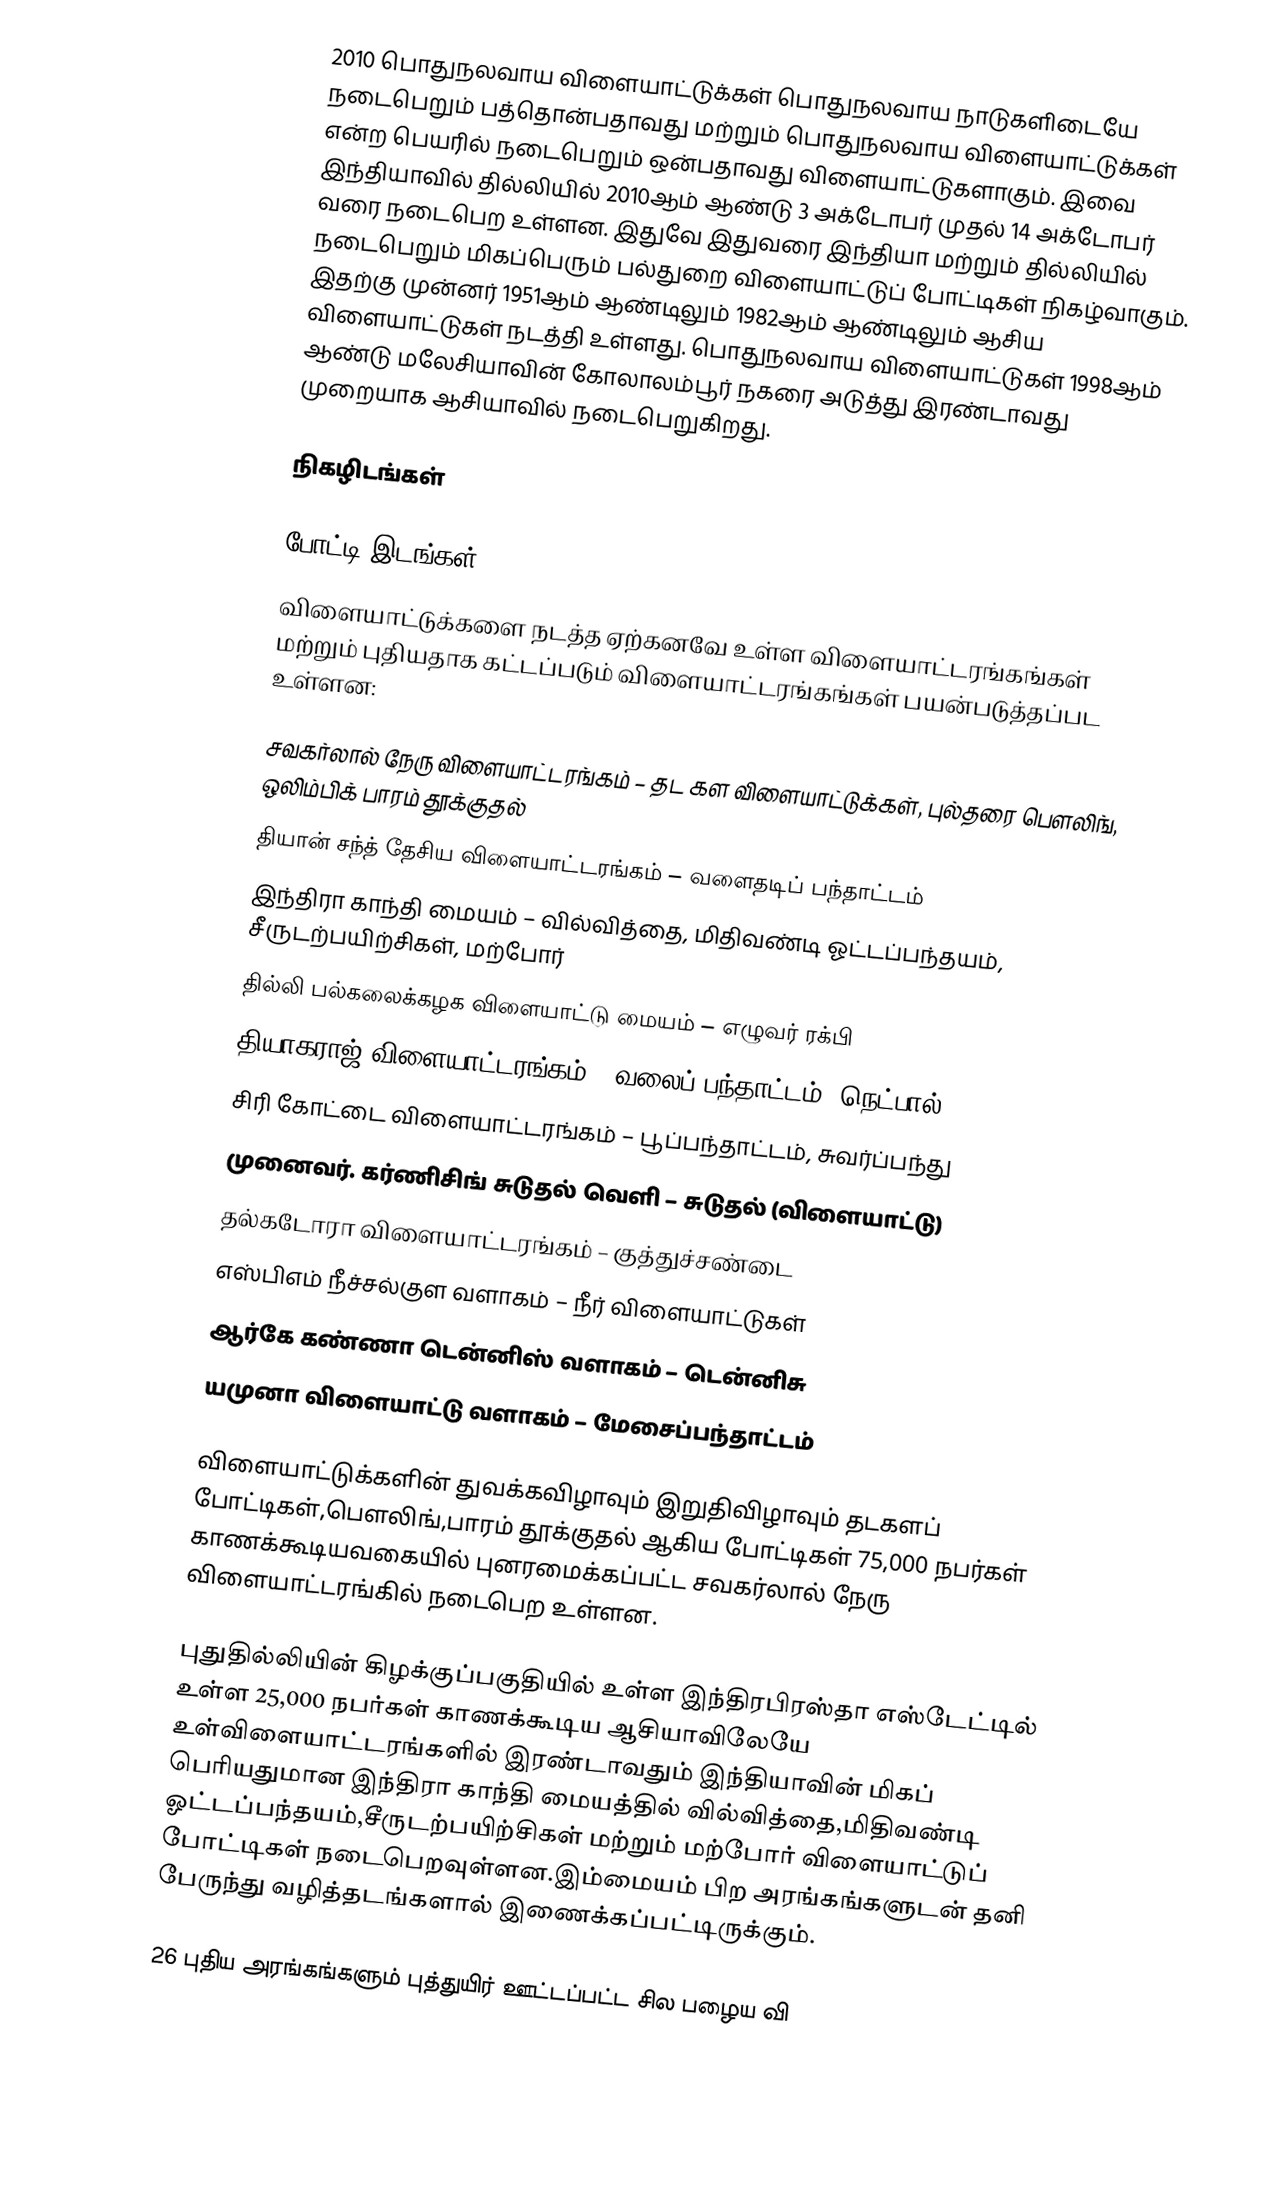
2010 பொதுநலவாய விளையாட்டுக்கள் பொதுநலவாய நாடுகளிடையே நடைபெறும் பத்தொன்பதாவது மற்றும் பொதுநலவாய விளையாட்டுக்கள்  என்ற பெயரில் நடைபெறும் ஒன்பதாவது விளையாட்டுகளாகும்.  இவை இந்தியாவில்  தில்லியில் 2010ஆம் ஆண்டு 3 அக்டோபர் முதல் 14 அக்டோபர் வரை நடைபெற உள்ளன.  இதுவே இதுவரை இந்தியா மற்றும் தில்லியில் நடைபெறும் மிகப்பெரும் பல்துறை விளையாட்டுப் போட்டிகள்  நிகழ்வாகும்.  இதற்கு முன்னர் 1951ஆம் ஆண்டிலும் 1982ஆம் ஆண்டிலும் ஆசிய விளையாட்டுகள் நடத்தி உள்ளது. பொதுநலவாய விளையாட்டுகள் 1998ஆம் ஆண்டு  மலேசியாவின் கோலாலம்பூர் நகரை அடுத்து இரண்டாவது முறையாக ஆசியாவில்  நடைபெறுகிறது.

நிகழிடங்கள்

போட்டி இடங்கள்
விளையாட்டுக்களை நடத்த ஏற்கனவே உள்ள விளையாட்டரங்கங்கள் மற்றும் புதியதாக கட்டப்படும் விளையாட்டரங்கங்கள் பயன்படுத்தப்பட உள்ளன:

 சவகர்லால் நேரு விளையாட்டரங்கம் – தட கள விளையாட்டுக்கள், புல்தரை பௌலிங், ஒலிம்பிக் பாரம் தூக்குதல்
 தியான் சந்த் தேசிய விளையாட்டரங்கம் – வளைதடிப் பந்தாட்டம்
 இந்திரா காந்தி மையம் – வில்வித்தை, மிதிவண்டி ஓட்டப்பந்தயம், சீருடற்பயிற்சிகள், மற்போர்
 தில்லி பல்கலைக்கழக விளையாட்டு மையம் – எழுவர் ரக்பி
 தியாகராஜ் விளையாட்டரங்கம் – வலைப் பந்தாட்டம் (நெட்பால்)
 சிரி கோட்டை விளையாட்டரங்கம் – பூப்பந்தாட்டம், சுவர்ப்பந்து
 முனைவர். கர்ணிசிங் சுடுதல் வெளி – சுடுதல் (விளையாட்டு)
 தல்கடோரா விளையாட்டரங்கம் – குத்துச்சண்டை
 எஸ்பிஎம் நீச்சல்குள வளாகம் – நீர் விளையாட்டுகள்
 ஆர்கே கண்ணா டென்னிஸ் வளாகம் – டென்னிசு
 யமுனா விளையாட்டு வளாகம் – மேசைப்பந்தாட்டம்

விளையாட்டுக்களின் துவக்கவிழாவும் இறுதிவிழாவும் தடகளப் போட்டிகள்,பௌலிங்,பாரம் தூக்குதல் ஆகிய போட்டிகள் 75,000 நபர்கள் காணக்கூடியவகையில் புனரமைக்கப்பட்ட சவகர்லால் நேரு விளையாட்டரங்கில் நடைபெற உள்ளன.

புதுதில்லியின் கிழக்குப்பகுதியில் உள்ள இந்திரபிரஸ்தா எஸ்டேட்டில் உள்ள 25,000 நபர்கள் காணக்கூடிய ஆசியாவிலேயே உள்விளையாட்டரங்களில் இரண்டாவதும் இந்தியாவின் மிகப் பெரியதுமான இந்திரா காந்தி மையத்தில் வில்வித்தை,மிதிவண்டி ஓட்டப்பந்தயம்,சீருடற்பயிற்சிகள் மற்றும் மற்போர் விளையாட்டுப் போட்டிகள் நடைபெறவுள்ளன.இம்மையம் பிற அரங்கங்களுடன் தனி பேருந்து வழித்தடங்களால் இணைக்கப்பட்டிருக்கும்.

26 புதிய அரங்கங்களும் புத்துயிர் ஊட்டப்பட்ட சில பழைய வி